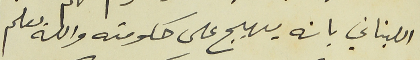
اللبناني بانه يهيج على حكومته والله يعلم